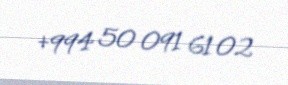
+994 50 091 61 02